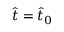
\hat { t } = \hat { t } _ { 0 }